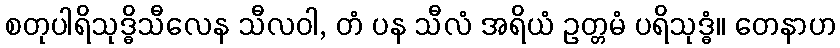
စတုပါရိသုဒ္ဓိသီလေန သီလဝါ, တံ ပန သီလံ အရိယံ ဥတ္တမံ ပရိသုဒ္ဓံ။ တေနာဟ